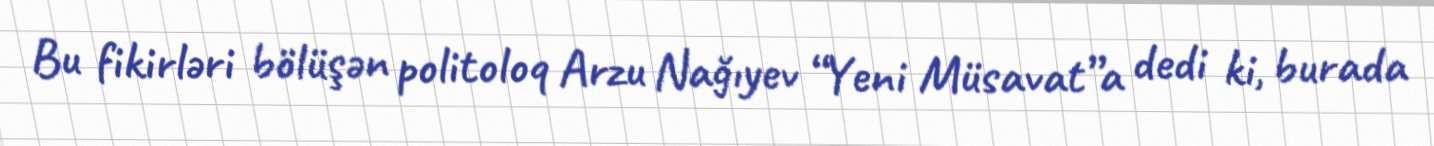
Bu fikirləri bölüşən politoloq Arzu Nağıyev “Yeni Müsavat”a dedi ki, burada